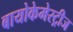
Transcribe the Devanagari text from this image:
बायोकेमेस्ट्रीज